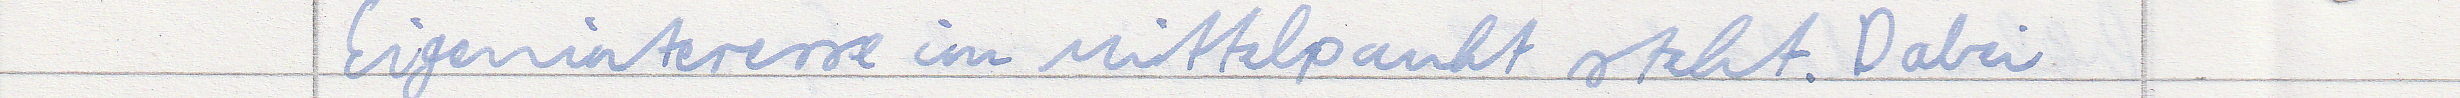
Eigeninteresse im Mittelpunkt steht. Dabei